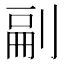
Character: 𭃴